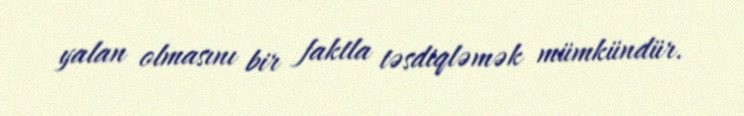
yalan olmasını bir faktla təsdiqləmək mümkündür.